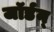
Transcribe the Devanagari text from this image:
जॉर्डन्